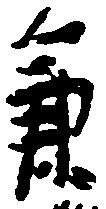
兼